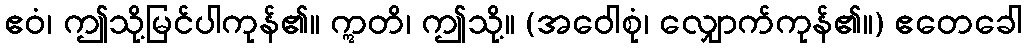
ဧဝံ၊ ဤသို့မြင်ပါကုန်၏။ ဣတိ၊ ဤသို့။ (အဝေါစုံ၊ လျှောက်ကုန်၏။) ဧတေခေါ